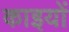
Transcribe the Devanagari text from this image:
काइयों